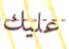
عليك